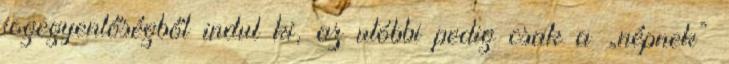
jogegyenlőségből indul ki, az utóbbi pedig csak a „népnek”